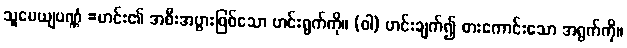
သူပေယျပဏ္ဏံ =ဟင်း၏ အစီးအပွားဖြစ်သော ဟင်းရွက်ကို။ (ဝါ) ဟင်းချက်၍ စားကောင်းသော အရွက်ကို။